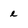
Character: e